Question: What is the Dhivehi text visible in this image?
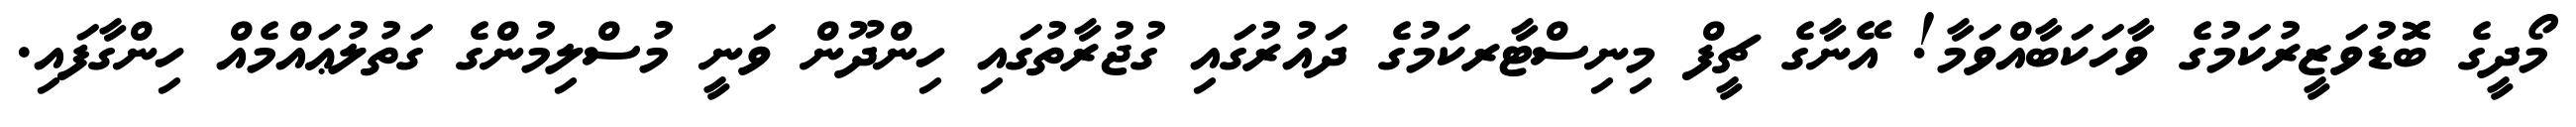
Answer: މޯދީގެ ބޮޮޑުވަޒީރުކަމުގެ ވާހަކަބާއްވަމާ! އޭނާގެ ޗީފް މިނިސްޓާރކަމުގެ ދައުރުގައި ގުޖުރާތުގައި ހިންދޫން ވަނީ މުސްލިމުންގެ ގަތުލުޢައްމެއް ހިންގާފައި.